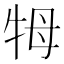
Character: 牳